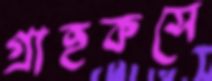
গ্রাহকসে